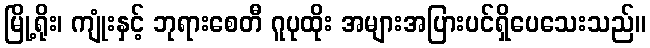
မြို့ရိုး၊ ကျုံးနှင့် ဘုရားစေတီ ဂူပုထိုး အများအပြားပင်ရှိပေသေးသည်။